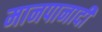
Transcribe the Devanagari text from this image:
मानपानादी